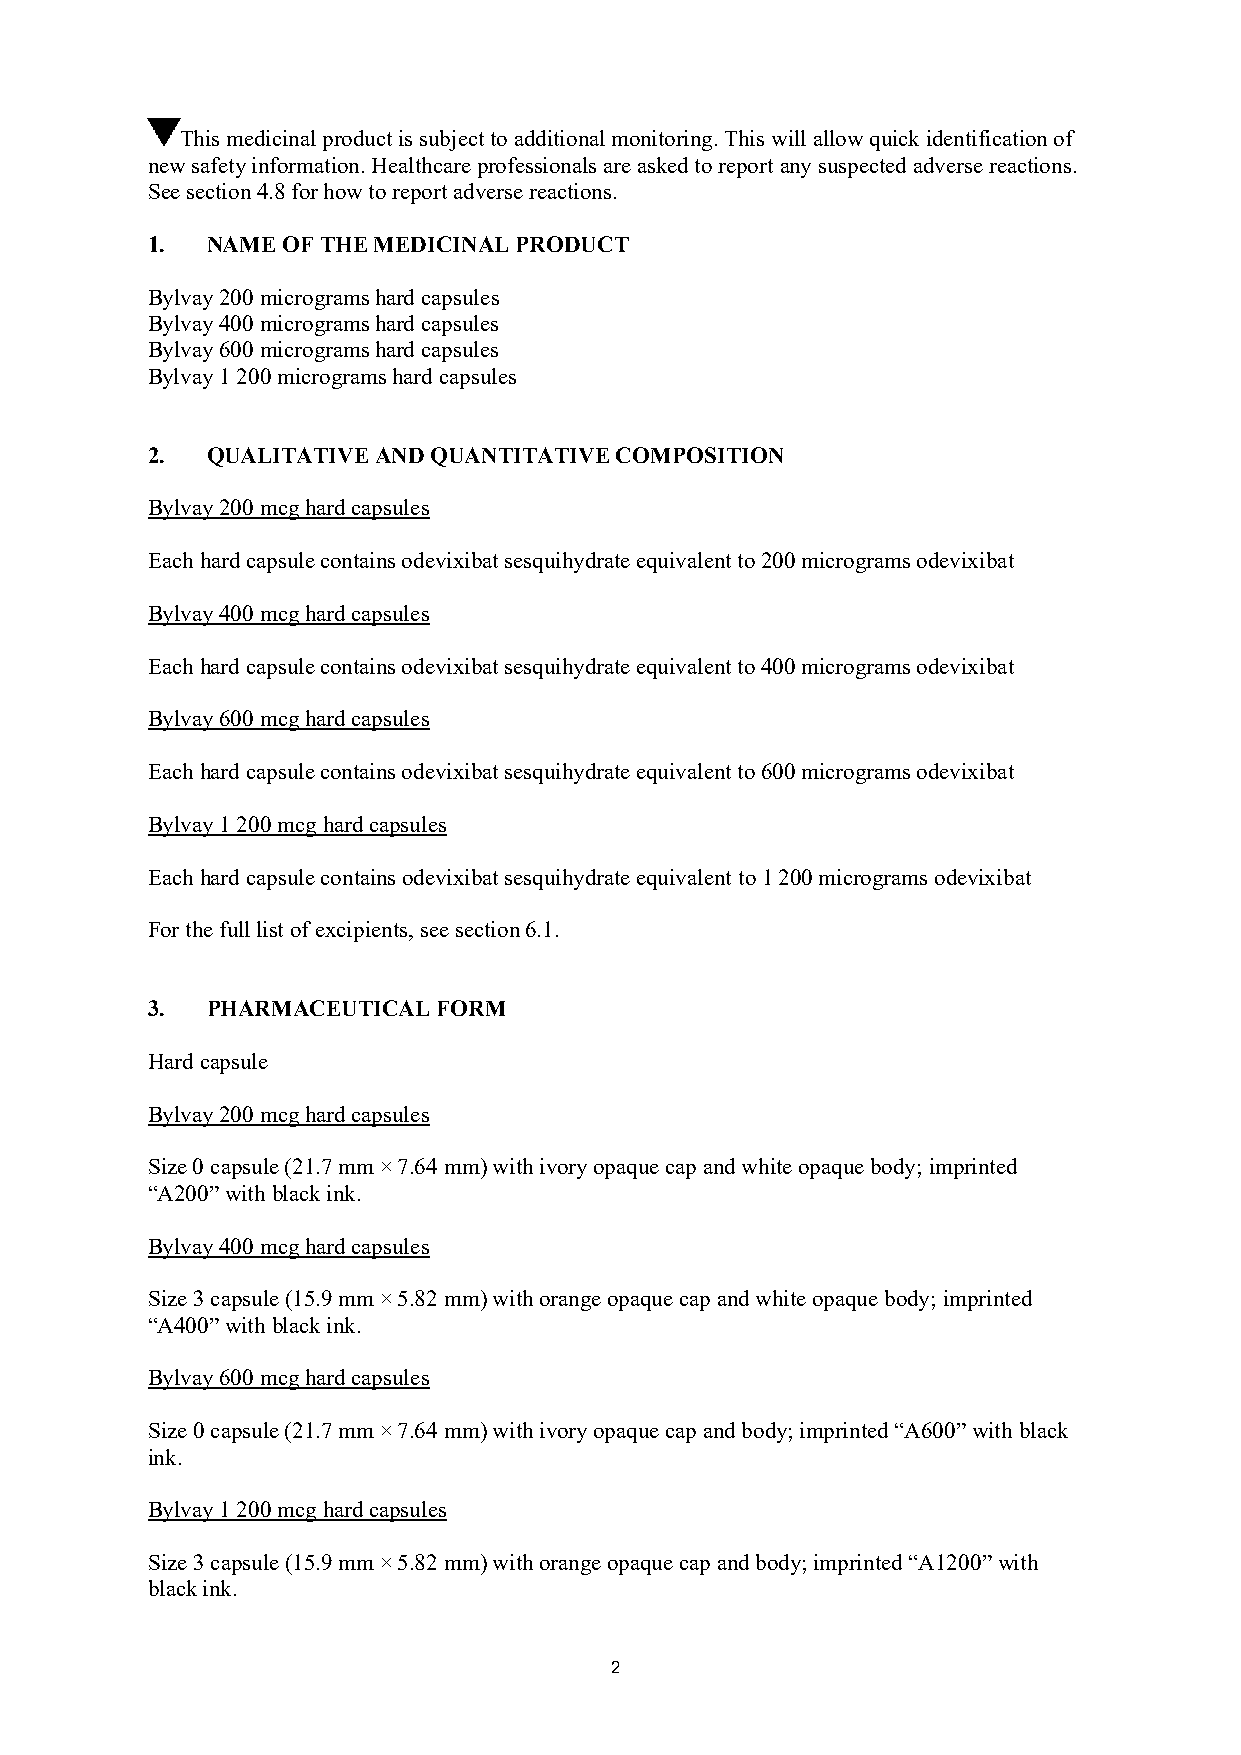
This medicinal product is subject to additional monitoring. This will allow quick identification of
 new safety information. Healthcare professionals are asked to report any suspected adverse reactions.
 See section 4.8 for how to report adverse reactions.
 1.  NAME OF THE MEDICINAL PRODUCT
 Bylvay 200 micrograms hard capsules
 Bylvay 400 micrograms hard capsules
 Bylvay 600 micrograms hard capsules
 Bylvay 1 200 micrograms hard capsules
 2.  QUALITATIVE AND QUANTITATIVE COMPOSITION
 Bylvay 200 mcg hard capsules
 Each hard capsule contains odevixibat sesquihydrate equivalent to 200 micrograms odevixibat
 Bylvay 400 mcg hard capsules
 Each hard capsule contains odevixibat sesquihydrate equivalent to 400 micrograms odevixibat
 Bylvay 600 mcg hard capsules
 Each hard capsule contains odevixibat sesquihydrate equivalent to 600 micrograms odevixibat
 Bylvay 1 200 mcg hard capsules
 Each hard capsule contains odevixibat sesquihydrate equivalent to 1 200 micrograms odevixibat
 For the full list of excipients, see section 6.1.
 3.  PHARMACEUTICAL FORM
 Hard capsule
 Bylvay 200 mcg hard capsules
 Size 0 capsule (21.7 mm × 7.64 mm) with ivory opaque cap and white opaque body; imprinted
 “A200” with black ink.
 Bylvay 400 mcg hard capsules
 Size 3 capsule (15.9 mm × 5.82 mm) with orange opaque cap and white opaque body; imprinted
 “A400” with black ink.
 Bylvay 600 mcg hard capsules
 Size 0 capsule (21.7 mm × 7.64 mm) with ivory opaque cap and body; imprinted “A600” with black
 ink.
 Bylvay 1 200 mcg hard capsules
 Size 3 capsule (15.9 mm × 5.82 mm) with orange opaque cap and body; imprinted “A1200” with
 black ink.
 2